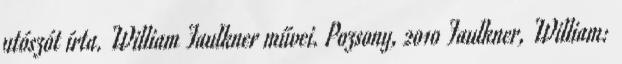
utószót írta. William Faulkner művei. Pozsony, 2010 Faulkner, William: